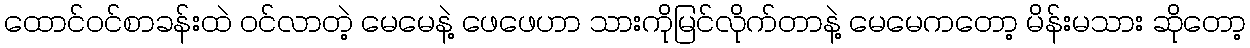
ထောင်ဝင်စာခန်းထဲ ဝင်လာတဲ့ မေမေနဲ့ ဖေဖေဟာ သားကိုမြင်လိုက်တာနဲ့ မေမေကတော့ မိန်းမသား ဆိုတော့